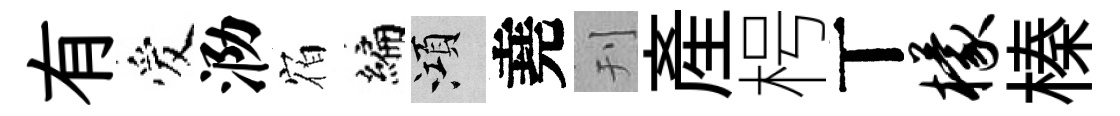
有爱泐𪧐编澒堯刊産枵丅檬榛